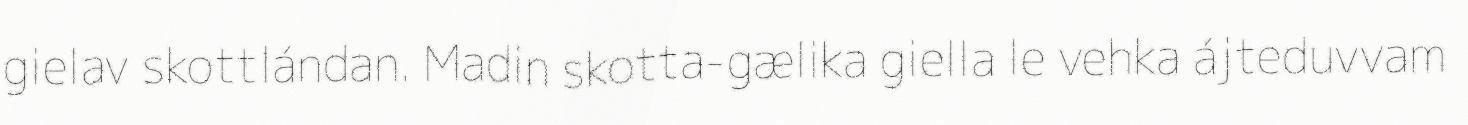
gielav skottlándan. Madin skotta-gælika giella le vehka ájteduvvam